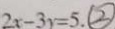
2 x - 3 x = 5 . \textcircled { 2 }